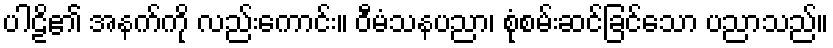
ပါဠိ၏ အနက်ကို လည်းကောင်း။ ဝီမံသနပညာ၊ စုံစမ်းဆင်ခြင်သော ပညာသည်။